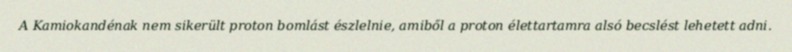
A Kamiokandénak nem sikerült proton bomlást észlelnie, amiből a proton élettartamra alsó becslést lehetett adni.